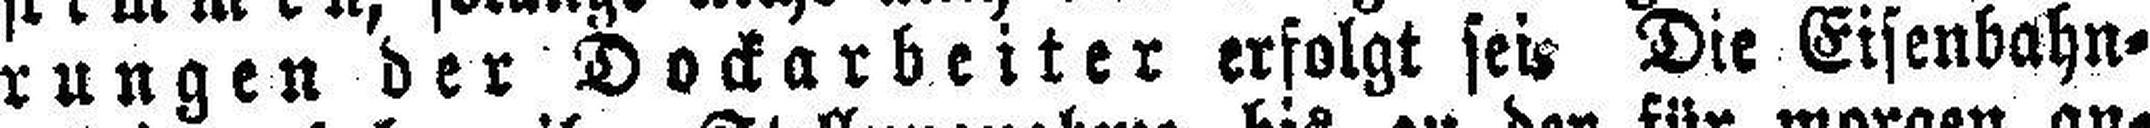
rungen der Dockarbeiter erfolgt sei. Die Eisenbahn¬